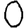
Digit: 0